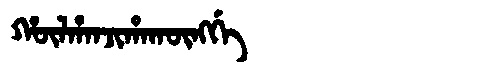
Manchu: ᡥᡡᠯᡥᠠᠨᠵᡳᡥᠠᡴᡡᠩᡤᡝ
Romanization: HŪLHANJIHAKŪNGGE